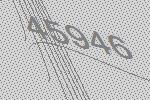
45946